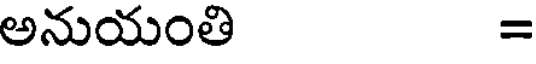
అనుయంతి =